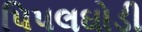
પિપલઘોડી